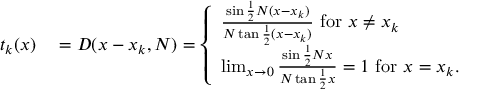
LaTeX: \begin{array} { r l } { t _ { k } ( x ) } & { { } = D ( x - x _ { k } , N ) = { \left\{ \begin{array} { l l } { { \frac { \sin { \frac { 1 } { 2 } } N ( x - x _ { k } ) } { N \tan { \frac { 1 } { 2 } } ( x - x _ { k } ) } } { \mathrm { ~ f o r ~ } } x \neq x _ { k } } \\ { \operatorname* { l i m } _ { x \to 0 } { \frac { \sin { \frac { 1 } { 2 } } N x } { N \tan { \frac { 1 } { 2 } } x } } = 1 { \mathrm { ~ f o r ~ } } x = x _ { k } . } \end{array} \right. } } \end{array}